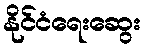
နိုင်ငံရေးဆွေး